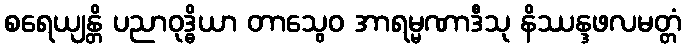
စရေယျန္တိ ပညာဝုဒ္ဓိယာ တာသွေဝ အာရမ္မဏာဒီသု နိဿန္ဒဖလမတ္တံ